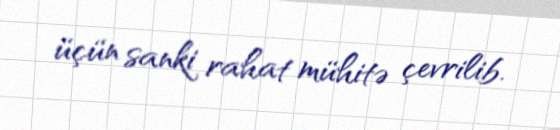
üçün sanki rahat mühitə çevrilib.